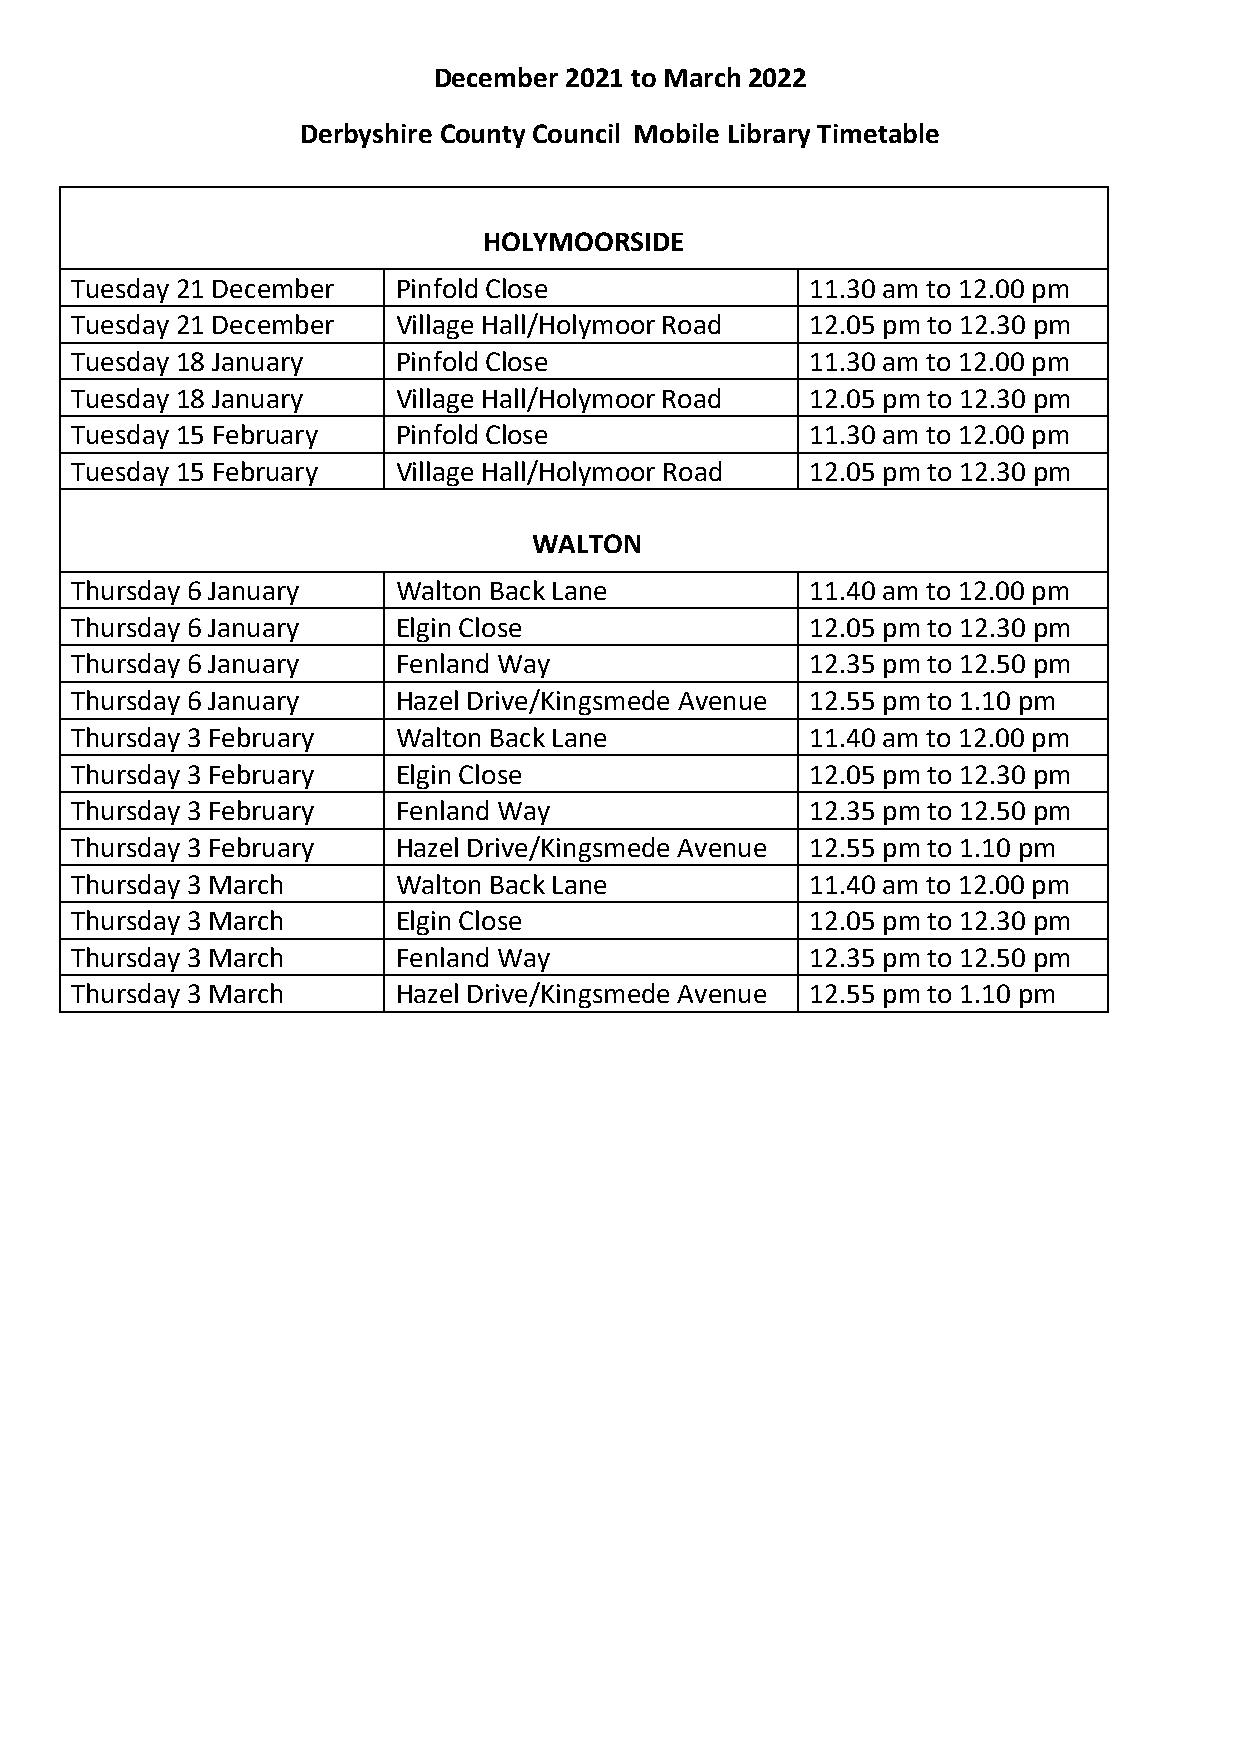
December 2021 to March 2022
 Derbyshire County Council Mobile Library Timetable
 HOLYMOORSIDE
 Tuesday 21 December  Pinfold Close               11.30 am to 12.00 pm
 Tuesday 21 December  Village Hall/Holymoor Road  12.05 pm to 12.30 pm
 Tuesday 18 January   Pinfold Close               11.30 am to 12.00 pm
 Tuesday 18 January   Village Hall/Holymoor Road  12.05 pm to 12.30 pm
 Tuesday 15 February  Pinfold Close               11.30 am to 12.00 pm
 Tuesday 15 February  Village Hall/Holymoor Road  12.05 pm to 12.30 pm
 WALTON
 Thursday 6 January   Walton Back Lane            11.40 am to 12.00 pm
 Thursday 6 January   Elgin Close                 12.05 pm to 12.30 pm
 Thursday 6 January   Fenland Way                 12.35 pm to 12.50 pm
 Thursday 6 January   Hazel Drive/Kingsmede Avenue 12.55 pm to 1.10 pm
 Thursday 3 February  Walton Back Lane            11.40 am to 12.00 pm
 Thursday 3 February  Elgin Close                 12.05 pm to 12.30 pm
 Thursday 3 February  Fenland Way                 12.35 pm to 12.50 pm
 Thursday 3 February  Hazel Drive/Kingsmede Avenue 12.55 pm to 1.10 pm
 Thursday 3 March     Walton Back Lane            11.40 am to 12.00 pm
 Thursday 3 March     Elgin Close                 12.05 pm to 12.30 pm
 Thursday 3 March     Fenland Way                 12.35 pm to 12.50 pm
 Thursday 3 March     Hazel Drive/Kingsmede Avenue 12.55 pm to 1.10 pm